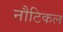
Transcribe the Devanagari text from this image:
नौटिकल